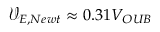
\mathcal { V } _ { E , N e w t } \approx 0 . 3 1 V _ { O U B }